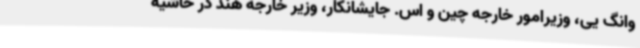
وانگ یی، وزیرامور خارجه چین و اس. جایشانکار، وزیر خارجه هند در حاشیه